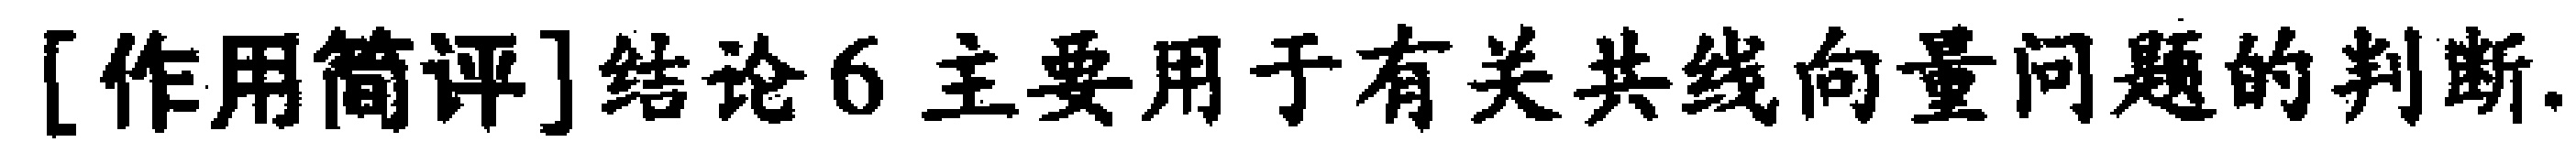
[作用简评]结论6主要用于有关共线向量问题的判断.